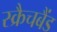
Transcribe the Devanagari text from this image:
स्क्रैचबैंड